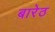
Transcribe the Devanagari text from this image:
बारेठ